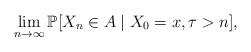
LaTeX: \begin{align*} \lim_{n\to \infty } \mathbb P[X_n \in A \mid X_0 = x, \tau >n],\end{align*}